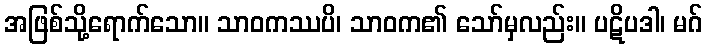
အဖြစ်သို့ရောက်သော။ သာဝကဿပိ၊ သာဝက၏ သော်မှလည်း။ ပဋိပဒါ၊ မဂ်